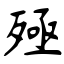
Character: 殛